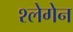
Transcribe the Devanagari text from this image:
श्लेगेन